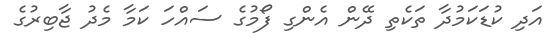
އަދި ކުޑަކަމުދާ ތަކެތި ދޭން އެންގި ފޯމުގެ ސައްހަ ކަމާ މެދު ޖާބިރުގެ